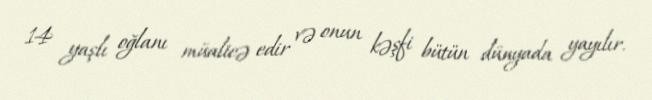
14 yaşlı oğlanı müalicə edir və onun kəşfi bütün dünyada yayılır.